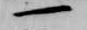
一